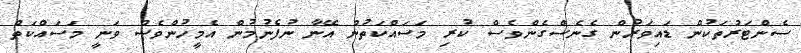
ސެންޓަރުތަކުން ޑައިވަރުން ގެނެސްގެންވެސް ކުރި މަސައްކަތުން އޭނާ ނުފެނުމުން އެމީހުންވެސް ވަނީ މަސައްކަތް